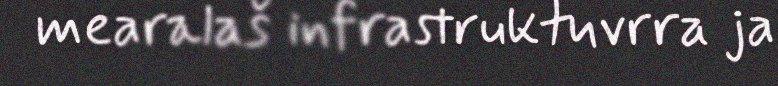
mearalaš infrastruktuvrra ja